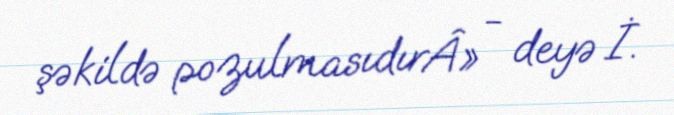
şəkildə pozulmasıdırÂ» - deyə İ.